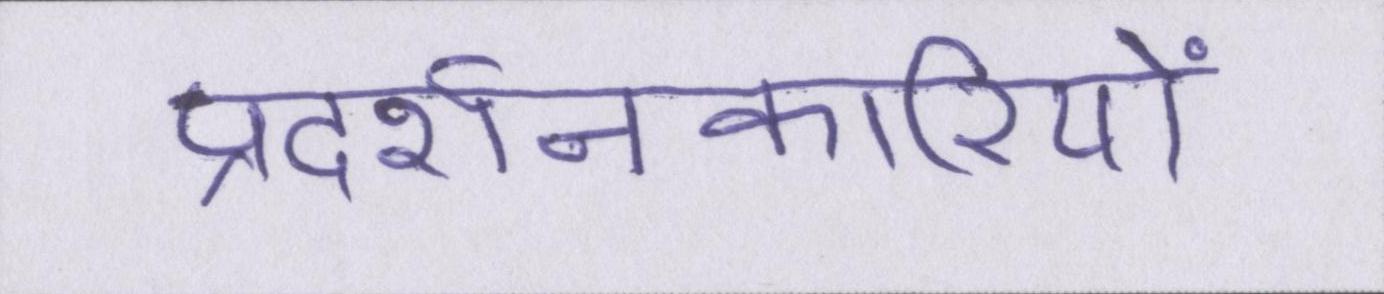
प्रदर्शनकारियों